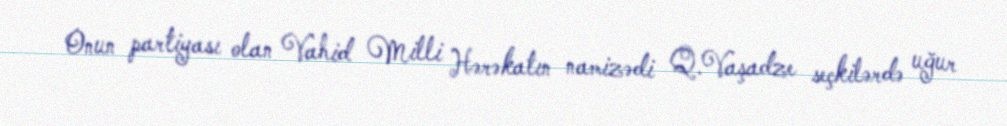
Onun partiyası olan Vahid Milli Hərəkatın namizədi Q.Vaşadze seçkilərdə uğur